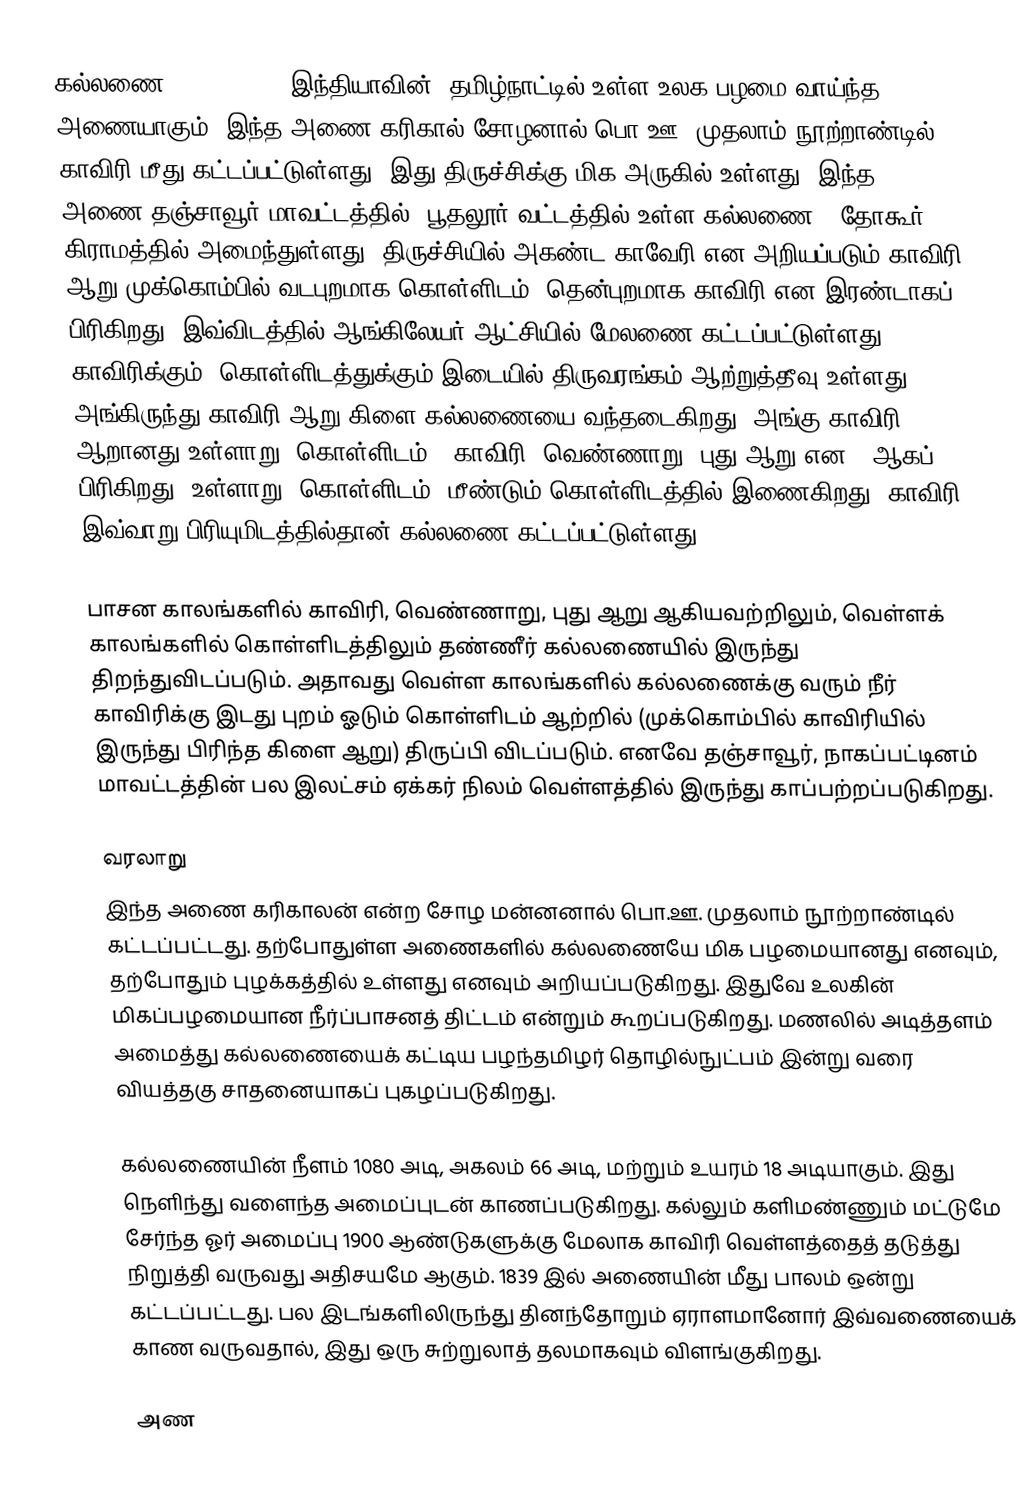
கல்லணை (Kallanai, ) இந்தியாவின், தமிழ்நாட்டில் உள்ள உலக பழமை வாய்ந்த அணையாகும். இந்த அணை கரிகால் சோழனால் பொ.ஊ. முதலாம் நூற்றாண்டில் காவிரி மீது கட்டப்பட்டுள்ளது. இது திருச்சிக்கு மிக அருகில் உள்ளது. இந்த அணை தஞ்சாவூர் மாவட்டத்தில், பூதலூர் வட்டத்தில் உள்ள கல்லணை - தோகூர் கிராமத்தில் அமைந்துள்ளது. திருச்சியில் அகண்ட காவேரி என அறியப்படும் காவிரி ஆறு முக்கொம்பில் வடபுறமாக கொள்ளிடம், தென்புறமாக காவிரி என இரண்டாகப் பிரிகிறது. இவ்விடத்தில் ஆங்கிலேயர் ஆட்சியில் மேலணை கட்டப்பட்டுள்ளது. காவிரிக்கும், கொள்ளிடத்துக்கும் இடையில் திருவரங்கம் ஆற்றுத்தீவு உள்ளது. அங்கிருந்து காவிரி ஆறு கிளை கல்லணையை வந்தடைகிறது. அங்கு காவிரி ஆறானது உள்ளாறு (கொள்ளிடம்), காவிரி, வெண்ணாறு, புது ஆறு என 4 ஆகப் பிரிகிறது. உள்ளாறு (கொள்ளிடம்)  மீண்டும் கொள்ளிடத்தில்  இணைகிறது. காவிரி இவ்வாறு பிரியுமிடத்தில்தான் கல்லணை கட்டப்பட்டுள்ளது.

பாசன காலங்களில் காவிரி, வெண்ணாறு, புது ஆறு ஆகியவற்றிலும், வெள்ளக் காலங்களில் கொள்ளிடத்திலும் தண்ணீர் கல்லணையில் இருந்து திறந்துவிடப்படும். அதாவது வெள்ள காலங்களில் கல்லணைக்கு வரும் நீர் காவிரிக்கு இடது புறம் ஓடும் கொள்ளிடம் ஆற்றில் (முக்கொம்பில் காவிரியில் இருந்து பிரிந்த கிளை ஆறு) திருப்பி விடப்படும். எனவே தஞ்சாவூர், நாகப்பட்டினம் மாவட்டத்தின் பல இலட்சம் ஏக்கர் நிலம் வெள்ளத்தில் இருந்து காப்பற்றப்படுகிறது.

வரலாறு
இந்த அணை கரிகாலன் என்ற சோழ மன்னனால் பொ.ஊ. முதலாம் நூற்றாண்டில் கட்டப்பட்டது. தற்போதுள்ள அணைகளில் கல்லணையே மிக பழமையானது எனவும், தற்போதும் புழக்கத்தில் உள்ளது எனவும் அறியப்படுகிறது. இதுவே உலகின் மிகப்பழமையான நீர்ப்பாசனத் திட்டம் என்றும் கூறப்படுகிறது. மணலில் அடித்தளம் அமைத்து கல்லணையைக் கட்டிய பழந்தமிழர் தொழில்நுட்பம் இன்று வரை வியத்தகு சாதனையாகப் புகழப்படுகிறது.

கல்லணையின் நீளம் 1080 அடி, அகலம் 66 அடி, மற்றும் உயரம் 18 அடியாகும். இது நெளிந்து வளைந்த அமைப்புடன் காணப்படுகிறது. கல்லும் களிமண்ணும் மட்டுமே சேர்ந்த ஓர் அமைப்பு 1900 ஆண்டுகளுக்கு மேலாக காவிரி வெள்ளத்தைத் தடுத்து நிறுத்தி வருவது அதிசயமே ஆகும். 1839 இல் அணையின் மீது பாலம் ஒன்று கட்டப்பட்டது. பல இடங்களிலிருந்து தினந்தோறும் ஏராளமானோர் இவ்வணையைக் காண வருவதால், இது ஒரு சுற்றுலாத் தலமாகவும் விளங்குகிறது.

அண